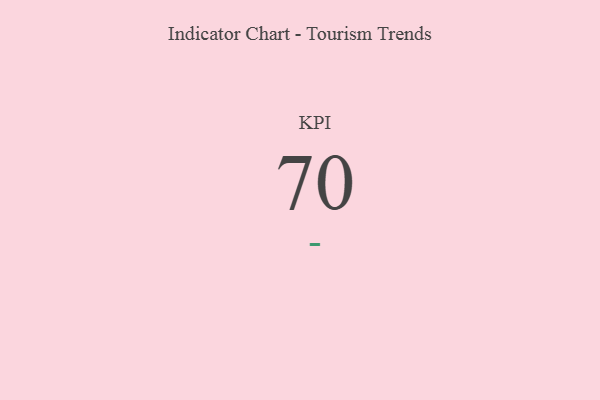
{"axis": {"x": "KPI", "y": "Value"}, "legend": [""], "data": [{"x": "KPI", "y": 70, "type": ""}]}